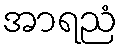
အာရညံ